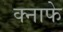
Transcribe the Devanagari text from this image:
क्नाफे